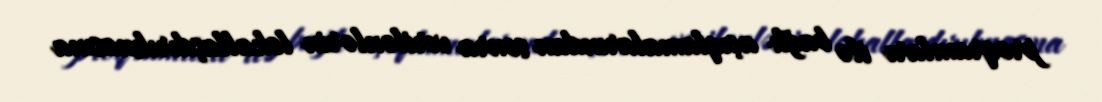
proqramları ilə bağlı açıqlamalarından sonra verilənlərin lokallaşdırılmasına